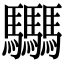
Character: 𩧢